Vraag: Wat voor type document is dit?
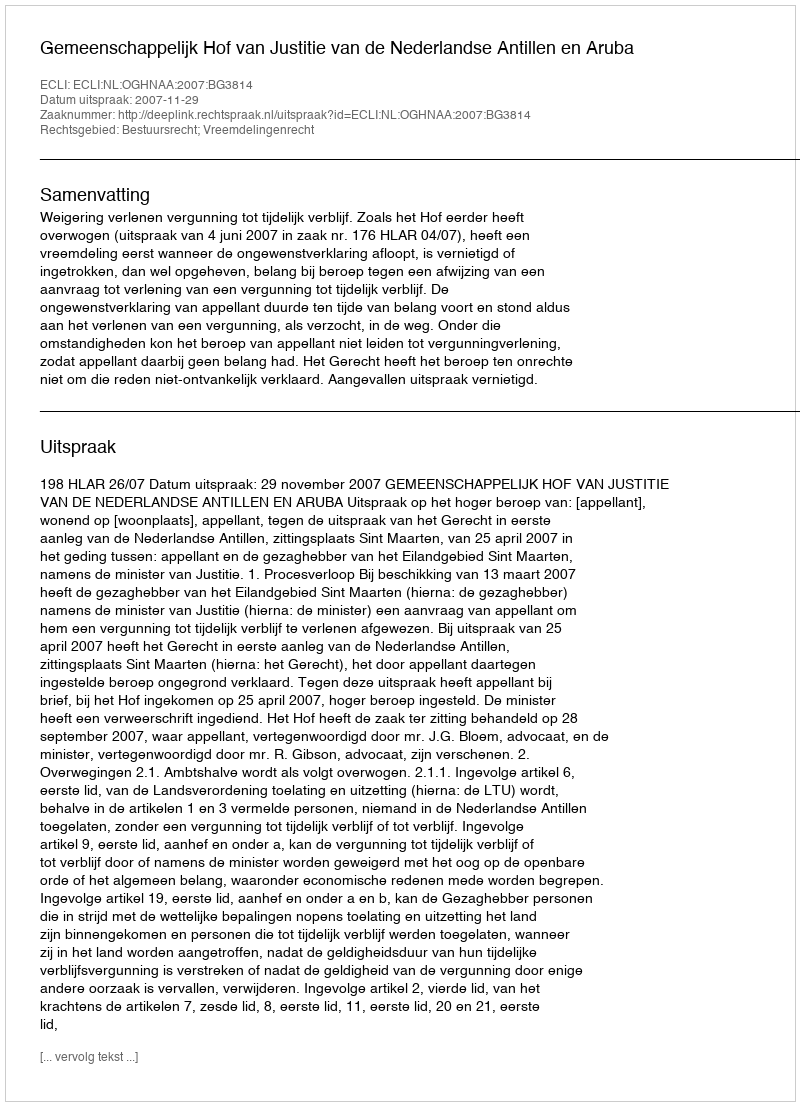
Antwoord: Uitspraak